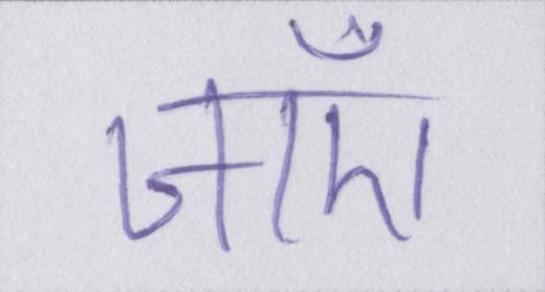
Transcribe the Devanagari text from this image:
जाएँ